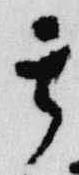
其